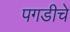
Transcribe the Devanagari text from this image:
पगडीचे